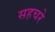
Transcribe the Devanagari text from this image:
सहचरे